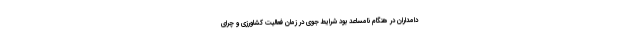
دامداران در هنگام نامساعد بود شرایط جوی در زمان فعالیت کشاورزی و چرای